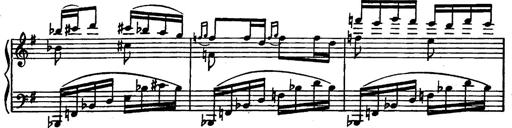
Title: Magyar rapszÃ³diÃ¡k
Composer: Franz Liszt